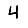
Digit: 4